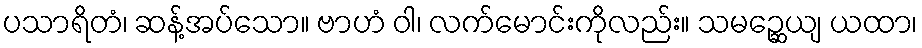
ပသာရိတံ၊ ဆန့်အပ်သော။ ဗာဟံ ဝါ၊ လက်မောင်းကိုလည်း။ သမဉ္ဆေယျ ယထာ၊